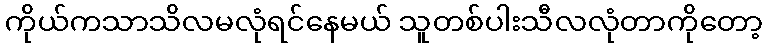
ကိုယ်ကသာသိလမလုံရင်နေမယ် သူတစ်ပါးသီလလုံတာကိုတော့